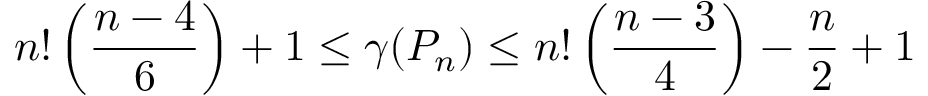
n ! \left( { \frac { n - 4 } { 6 } } \right) + 1 \leq \gamma ( P _ { n } ) \leq n ! \left( { \frac { n - 3 } { 4 } } \right) - { \frac { n } { 2 } } + 1